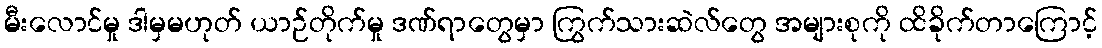
မီးလောင်မှု ဒါမှမဟုတ် ယာဉ်တိုက်မှု ဒဏ်ရာတွေမှာ ကြွက်သားဆဲလ်တွေ အများစုကို ထိခိုက်တာကြောင့်